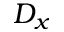
D _ { x }